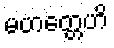
မဟတ္တေဟိ